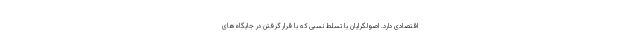
اقتصادی دارد. اصولگرایان با تسلط نسبی که با قرار گرفتن در جایگاه‌های